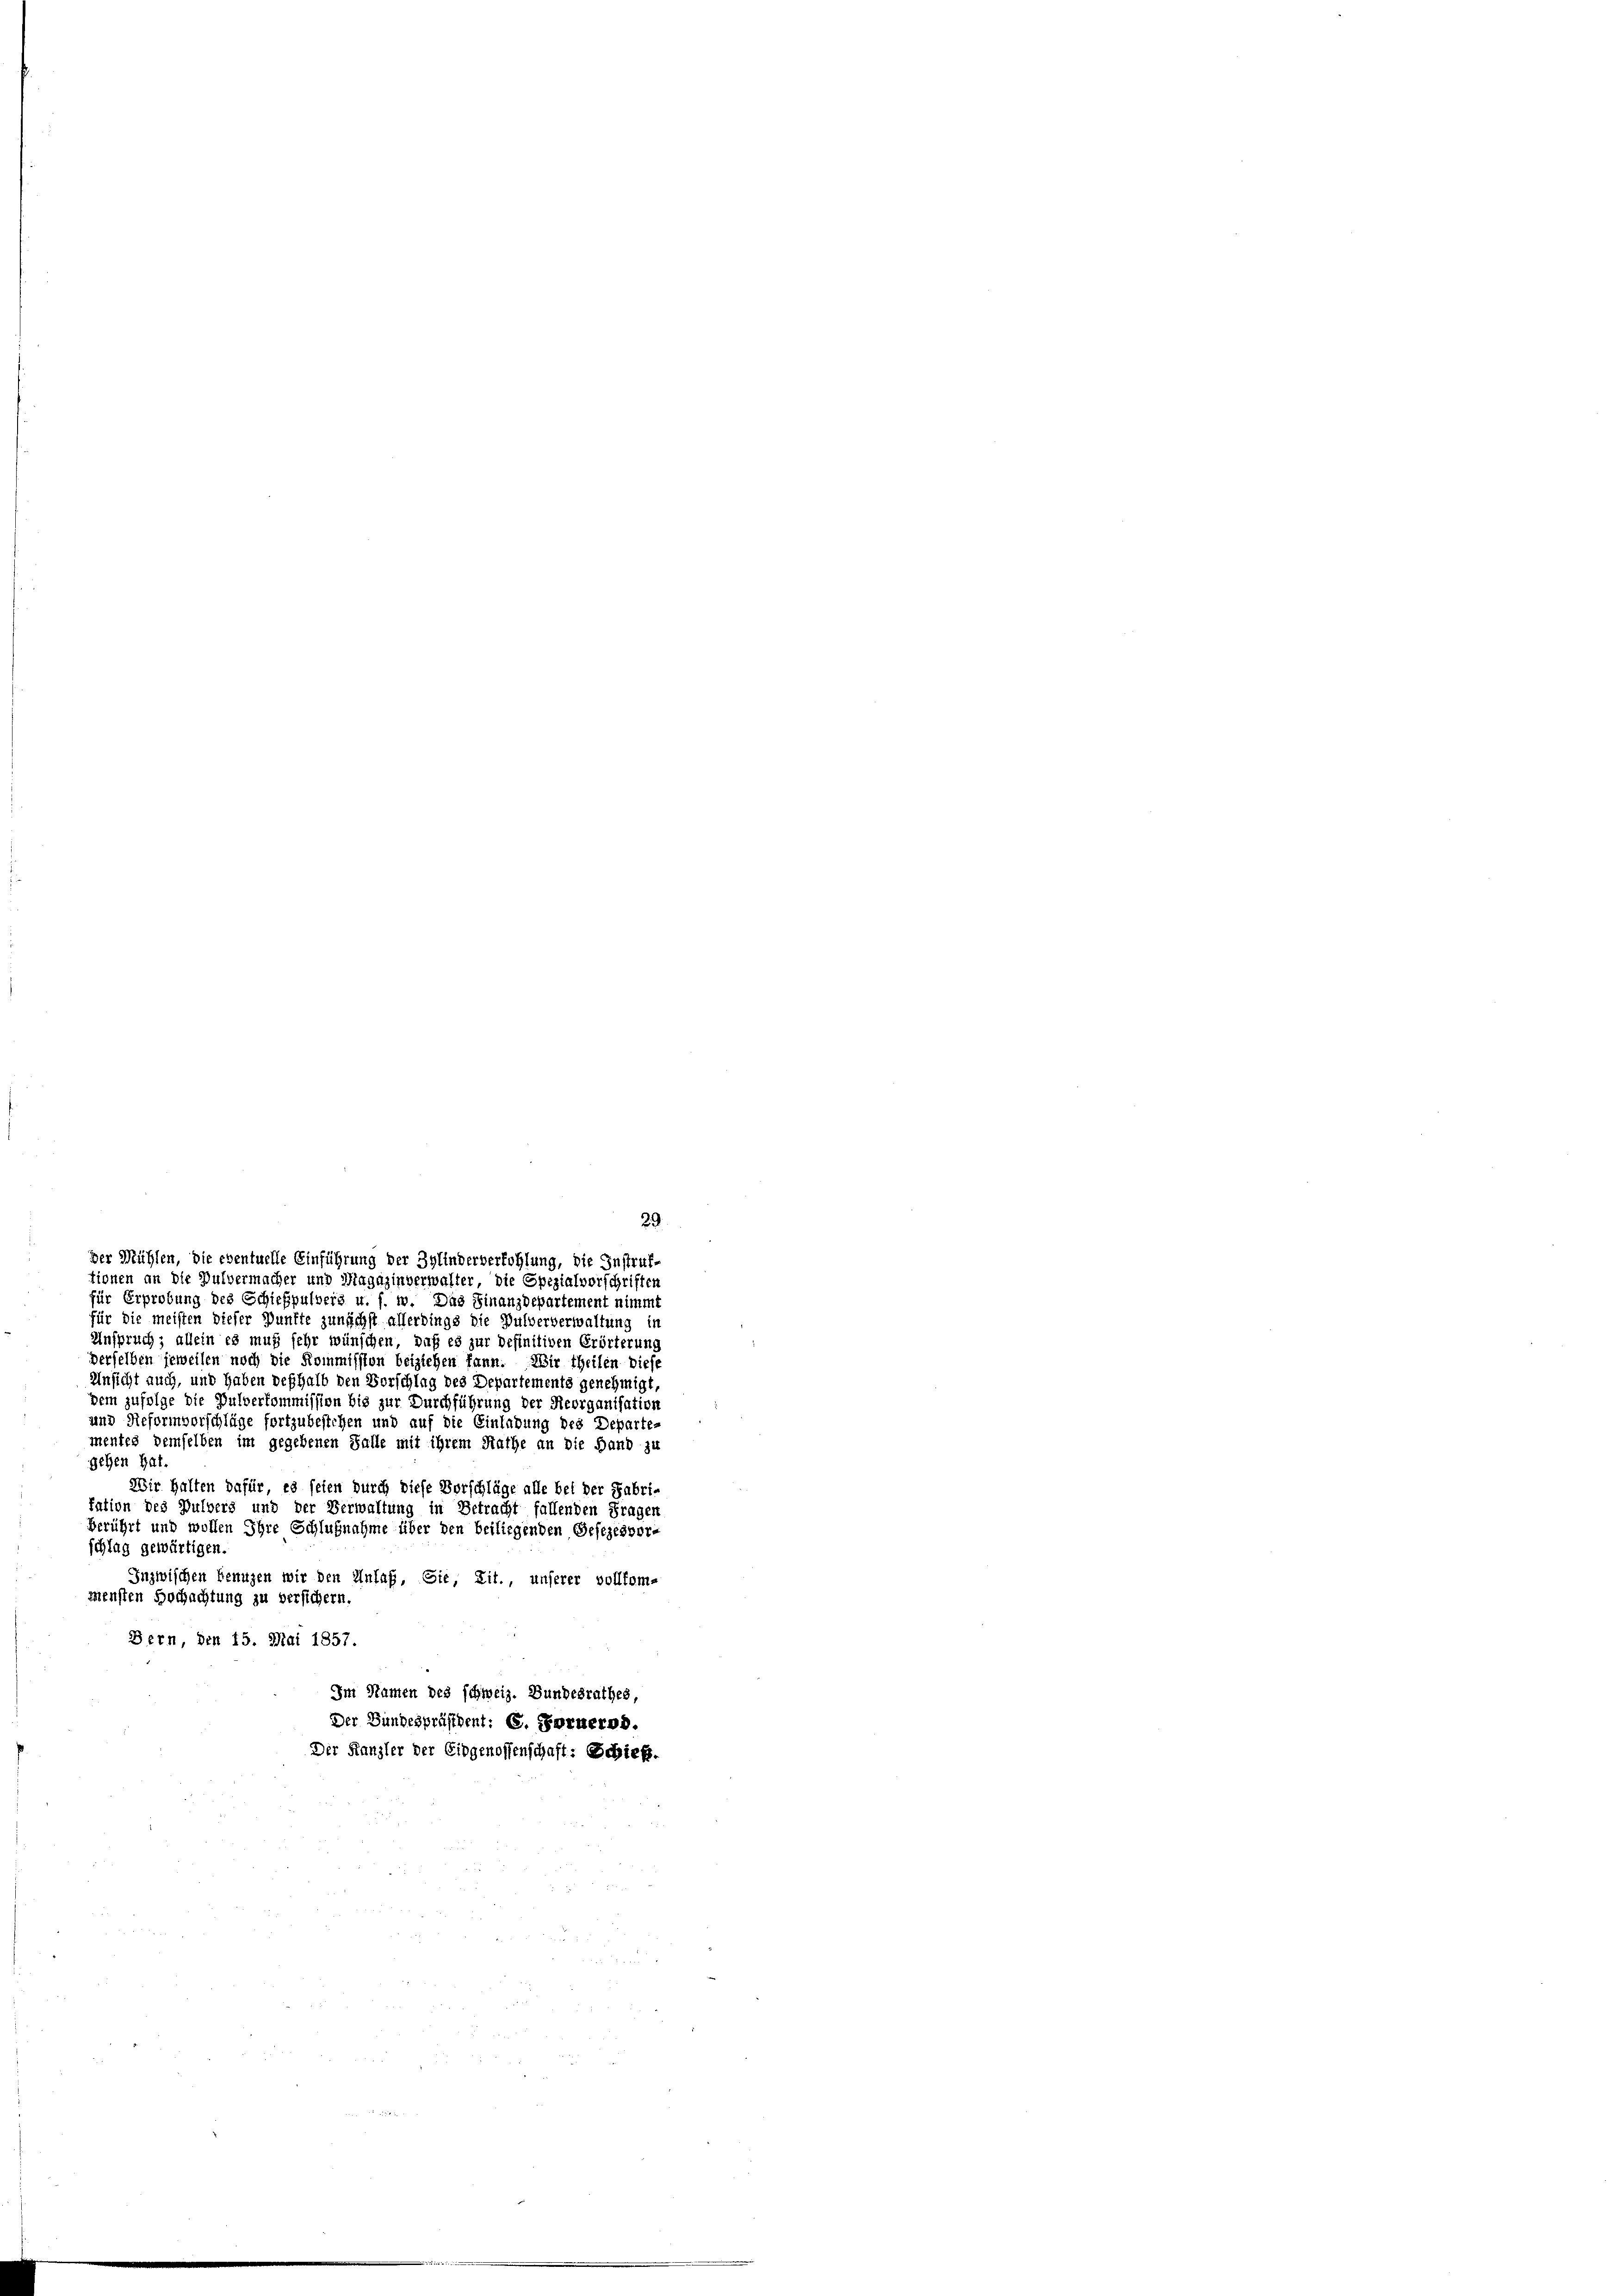
der Mühlen, die eventuelle Einführung der Bylinderberfohlung, die Instruk-
tionen an die Pulvermacher und Magazinverwalter, die Spezialvorschriften
für Erprobung des Schießpulvers u. s. w. Das Finanzdepartement nimmt
für die meisten dieser Punkte zunächst allerdings die Pulververwaltung in
Anspruch; allein es muß sehr wünschen, daß es zur definitiven Erörterung
derselben jeweilen noch die Kommission beiziehen kann. Wir theilen diese
Unsicht auch, und haben deshalb den Vorschlag des Departements genehmigt,
dem zufolge die Pulverkommission bis zur Durchführung der Reorganisation
und Reformvorschläge fortzubestehen und auf die Einladung des Departe-
mentes demselben im gegebenen Falle mit ihrem Rathe an die Hand zu
gehen hat.
Wir halten dafür, es seien durch diese Vorschläge alle bei der Fabri-
fation des Pulvers und der Verwaltung in Betracht fallenden Fragen
berührt und wollen Ihre Schlußnahme über den beiliegenden Gesezesvor-
schlag gewärtigen.
Inzwischen Benuzen wir den Anlaß, Sie, Lit., unserer vollkom-
mensten Hochachtung zu versichern.
Bern, den 15. Mai 1857.
Im Namen des schweiz. Bundesrathes,
Der Bundespräsident: C. Fernernd
Der Kanzler der Eidgenossenschaft: Schieß.

29